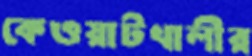
কেওয়াটখালীর